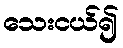
သေးငယ်၍